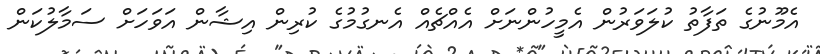
އެމޫނުގެ ތަފާތު ކުލަވަރުން އެމީހުންނަށް އެއްޗެއް އެނގުމުގެ ކުރިން އިޝާން އަވަހަށް ސަމާލުކަން